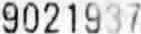
9021937